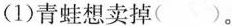
(1)青蛙想卖掉( )。